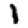
Digit: 1